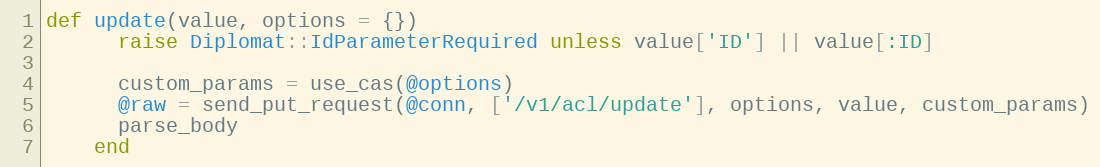
Language: Ruby
def update(value, options = {})
      raise Diplomat::IdParameterRequired unless value['ID'] || value[:ID]

      custom_params = use_cas(@options)
      @raw = send_put_request(@conn, ['/v1/acl/update'], options, value, custom_params)
      parse_body
    end